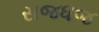
સજધજ